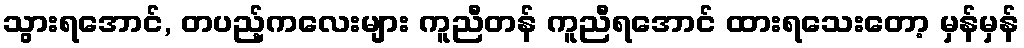
သွားရအောင်, တပည့်ကလေးများ ကူညီတန် ကူညီရအောင် ထားရသေးတော့ မှန်မှန်